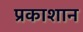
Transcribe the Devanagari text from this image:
प्रकाशान